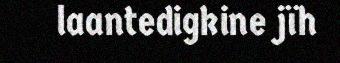
laantedigkine jïh